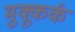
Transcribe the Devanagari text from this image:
मुक्कूर्क